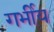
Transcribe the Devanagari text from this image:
गर्भीय